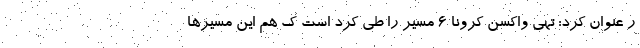
ر عنوان کرد: تهی واکسن کرونا ٦ مسیر را طی کرد است ک هم این مسیرها